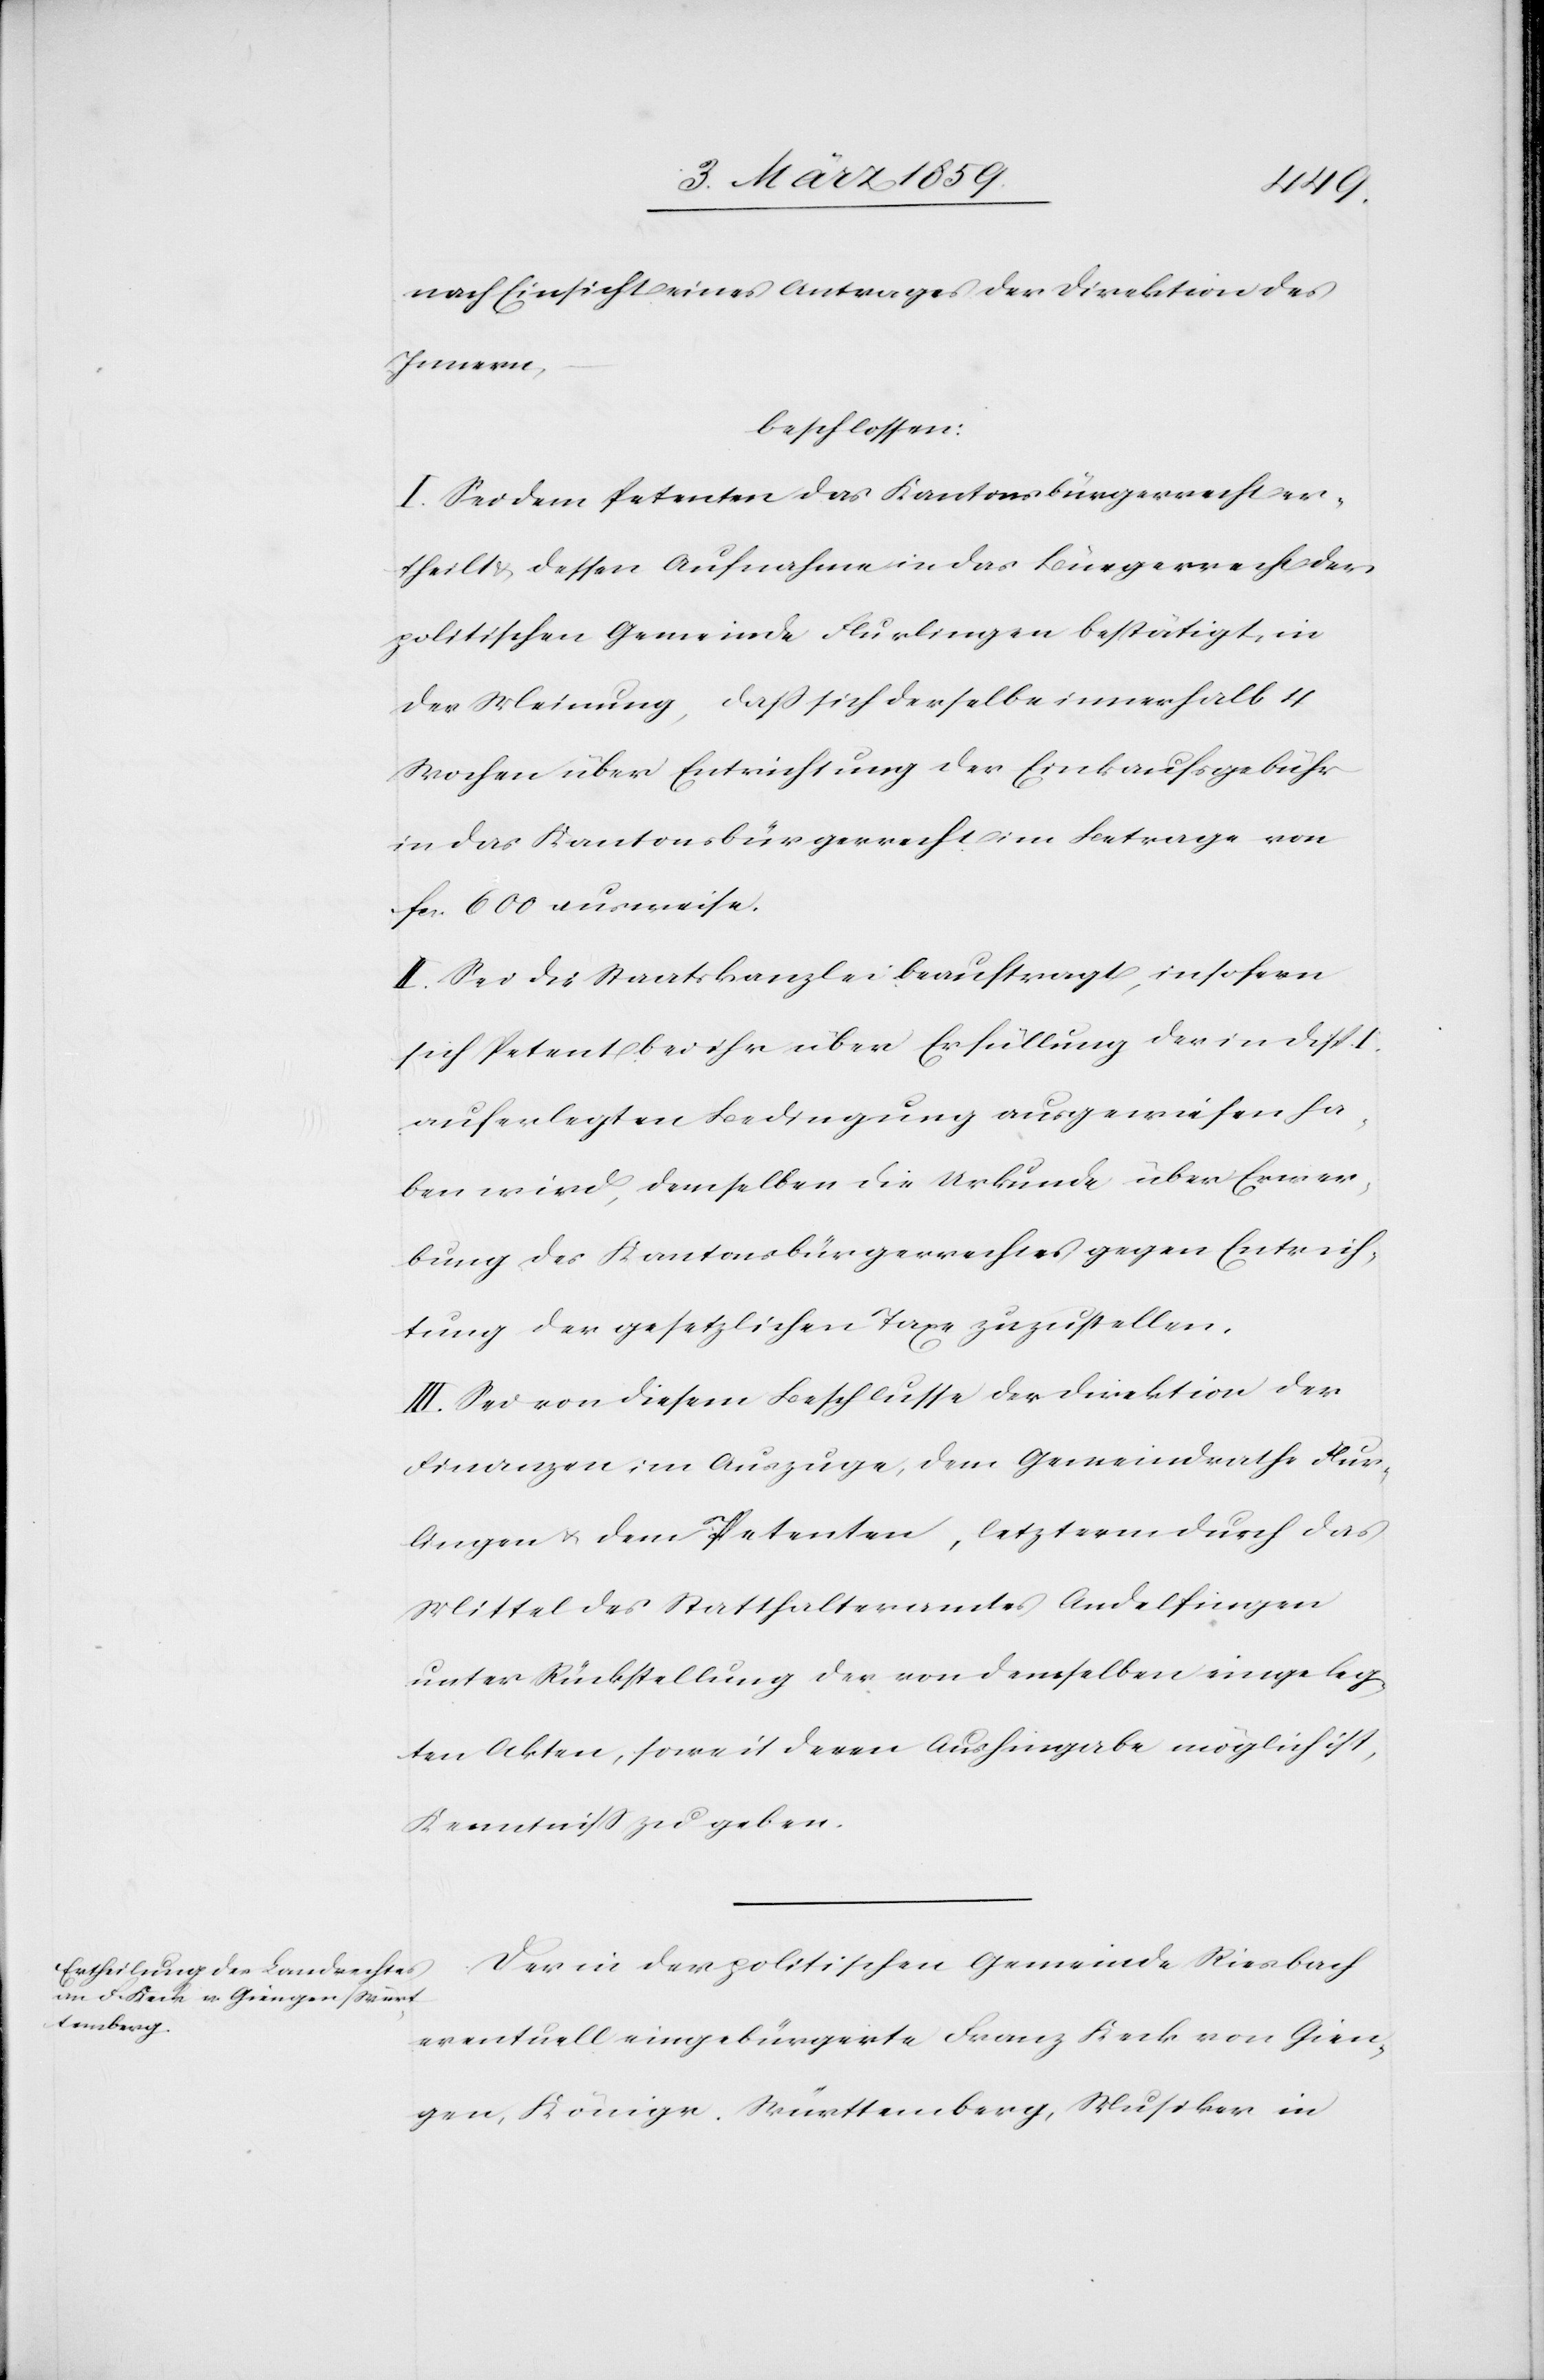
nach Einsicht eines Antrages der Direktion des
Innern,
beschlossen:
I. Sei dem Petenten das Kantonsbürgerrecht er¬
theilt & dessen Aufnahme in das Bürgerrecht der
politischen Gemeinde Flurlingen bestätigt, in
der Meinung, daß sich derselbe innerhalb 4
Wochen über Entrichtung der Einkaufsgebühr
in das Kantonsbürgerrecht im Betrage von
fcs. 600 ausweise.
II. Sei die Staatskanzlei beauftragt, insofern
sich Petent bei ihr über Erfüllung der in Disp. I.
auferlegten Bedingung ausgewiesen ha¬
ben wird, demselben die Urkunde über Erwer¬
bung des Kantonsbürgerrechtes gegen Entrich¬
tung der gesetzlichen Taxe zuzustellen.
III. Sei von diesem Beschlusse der Direktion der
Finanzen im Auszuge, dem Gemeindrathe Flur¬
lingen u. dem Petenten, letzterm durch das
Mittel des Statthalteramtes Andelfingen
unter Rückstellung der von demselben eingeleg¬
ten Akten, soweit deren Aushingabe möglich ist,
Kenntniß zu geben.
Der in der politischen Gemeinde Riesbach
eventuell eingebürgerte Franz Keck von Gien¬
gen, Königr. Württemberg, Musiker in